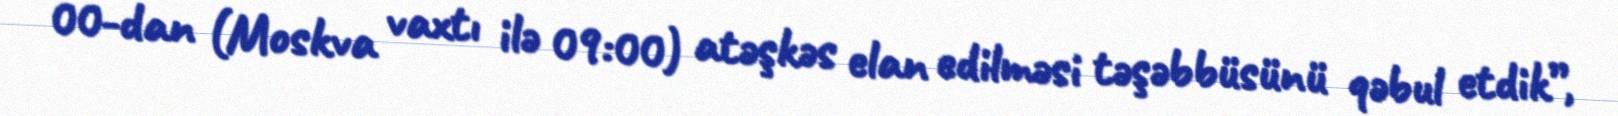
00-dan (Moskva vaxtı ilə 09:00) atəşkəs elan edilməsi təşəbbüsünü qəbul etdik”,